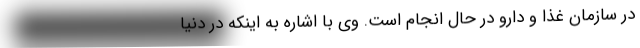
در سازمان غذا و دارو در حال انجام است. وی با اشاره به اینکه در دنیا